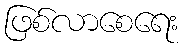
ဖြစ်လာစေရေး